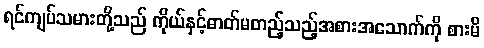
ရင်ကျပ်သမားတို့သည် ကိုယ်နှင့်ဓာတ်မတည့်သည့်အစားအသောက်ကို စားမိ